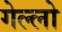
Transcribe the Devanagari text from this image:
गेल्‍लो